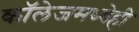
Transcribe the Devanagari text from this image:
काॅलेजमध्येही